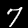
Label: 7